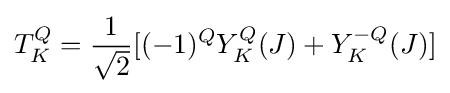
T_{K}^{Q}={\frac {1}{\sqrt {2}}}[(-1)^{Q}Y_{K}^{Q}(J)+Y_{K}^{-Q}(J)]